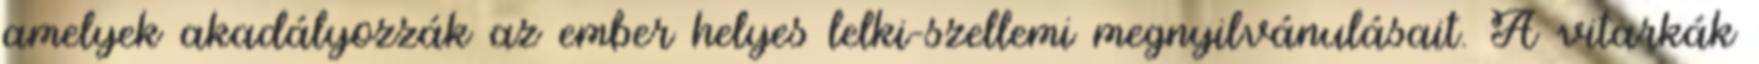
amelyek akadályozzák az ember helyes lelki-szellemi megnyilvánulásait. A vitarkák